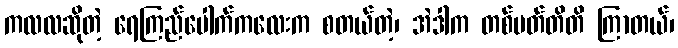
ကလလဆိုတဲ့ ရေကြည်ပေါက်ကလေးက စတယ်တဲ့၊ အဲဒါက တစ်ပတ်တိတိ ကြာတယ်၊